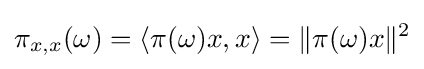
\pi _{x,x}(\omega )=\langle \pi (\omega )x,x\rangle =\|\pi (\omega )x\|^{2}